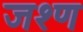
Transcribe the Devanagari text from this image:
जश्ण